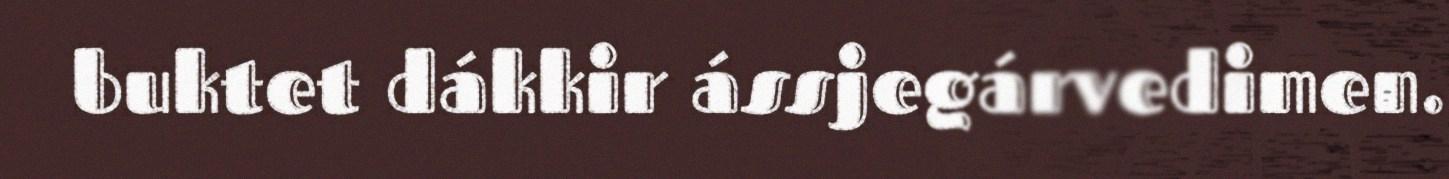
buktet dákkir ássjegárvedimen.